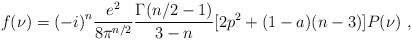
LaTeX: \begin{align*}f(\nu)={(-i)}^n\frac{e^2}{8{\pi}^{n/2}}\frac{\Gamma(n/2-1)}{3-n}[2p^2+(1-a)(n-3)]P(\nu) \,\,,\end{align*}